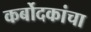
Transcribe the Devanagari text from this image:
कर्बोदकांचा